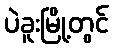
ပဲခူးမြို့တွင်